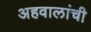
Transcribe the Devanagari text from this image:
अहवालांची